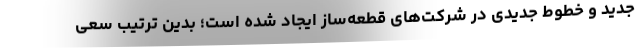
جدید و خطوط جدیدی در شرکت‌های قطعه‌ساز ایجاد شده است؛ بدین ترتیب سعی